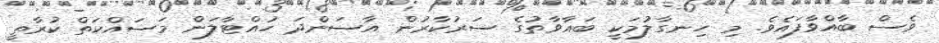
ވެސް ބާއްވާފައެވެ. މި ހިނގާލުމަކީ ބަޣާވާތުގެ ސަރުކާރުން އާސަންދަ ހުއްޓާލަން މަސައްކަތް ކުރާތީ